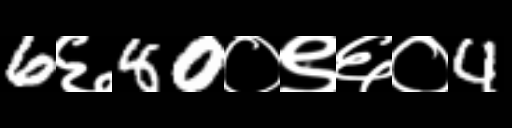
Text: 6६80०९६०4